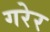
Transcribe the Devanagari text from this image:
गरेर